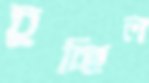
চুচ্ছিল